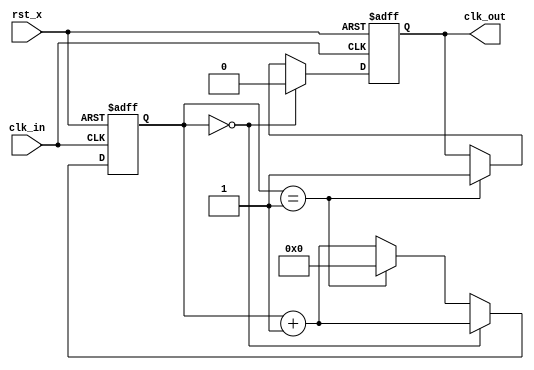
// Gmsk BS clock generator core verilog
// Rev.0.1 2009-02-24
//
module clock_div_async #( parameter cfactor= 2)(
  input clk_in,
  input rst_x,
  output clk_out
);
reg clk_loc;
//reg [15:0] cnt;//allowed maximum clock division factor is 65536
reg [7:0] cnt;//allowed maximum clock division factor is 256

assign clk_out = (cfactor==1)? clk_in : clk_loc;
//assign clk_out = ((rst==1) || (cfactor==1))? clk_in : clk_loc;

always@(posedge clk_in or negedge rst_x)
  if(!rst_x)begin
    cnt <= 'd0;
    clk_loc = 1;
  end
  else begin
    cnt <= cnt + 1'b1;
    if(cnt==cfactor/2-1)
      clk_loc = 0;
    else if(cnt==cfactor-1) begin
      cnt <= 'd0;
      clk_loc = 1;
    end
  end

endmodule